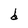
Character: d